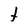
Character: t